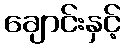
ချောင်းနှင့်